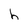
Character: h